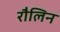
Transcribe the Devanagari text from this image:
रौलिन